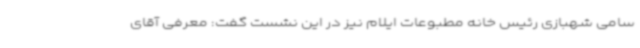
سامی شهبازی رئیس خانه مطبوعات ایلام نیز در این نشست گفت: معرفی آقای